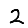
Digit: 2